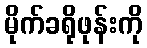
မိုက်ခရိုဖုန်းကို